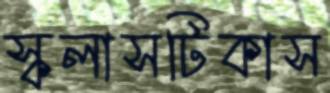
স্কলাসটিকাস